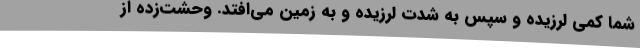
شما کمی لرزیده و سپس به شدت لرزیده و به زمین می‌افتد. وحشت‌زده از